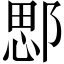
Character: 𨜐